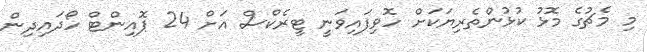
މި މެޗުގެ މޮޅު ކުޅުންތެރިޔަކަށް ހޮވިފައިވަނީ ޓީރެކްސް އަށް 24 ޕޮއިންޓް ހޯދައިދިން